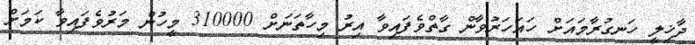
ދާޚިލީ ހަނގުރާމައަށް ހައަހަރުވާން ގާތްވެފައިވާ އިރު މިހާތަނަށް 310000 މީހުން މަރުވެފައިވާ ކަމަށް